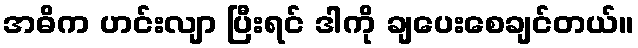
အဓိက ဟင်းလျာ ပြီးရင် ဒါကို ချပေးစေချင်တယ်။